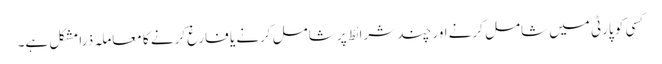
کسی کو پارٹی میں شامل کرنے اور چند شرائط پر شامل کرنے یا فارغ کرنے کا معاملہ ذرا مشکل ہے۔